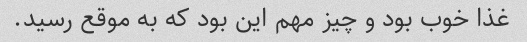
غذا خوب بود و چیز مهم این بود که به موقع رسید.